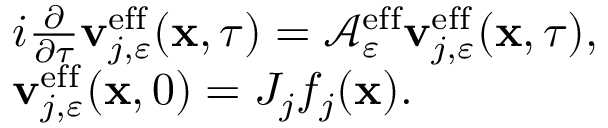
\begin{array} { r l } & { i \frac { \partial } { \partial \tau } \mathbf { v } _ { j , \varepsilon } ^ { \mathrm { e f f } } ( \mathbf { x } , \tau ) = \mathcal { A } _ { \varepsilon } ^ { \mathrm { e f f } } \mathbf { v } _ { j , \varepsilon } ^ { \mathrm { e f f } } ( \mathbf { x } , \tau ) , } \\ & { \mathbf { v } _ { j , \varepsilon } ^ { \mathrm { e f f } } ( \mathbf { x } , 0 ) = J _ { j } f _ { j } ( \mathbf { x } ) . } \end{array}